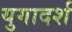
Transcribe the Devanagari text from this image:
युगादर्श